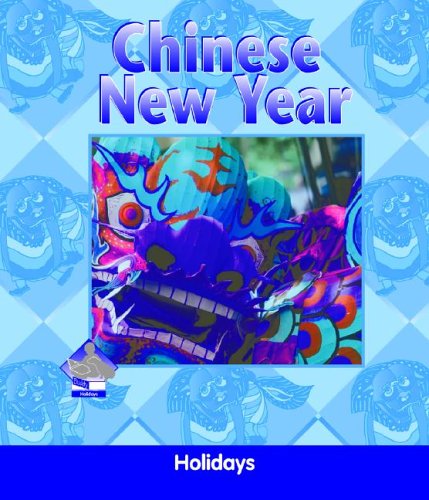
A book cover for Chinese New Year (Holidays Set II); Julie Murray; Children's Books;